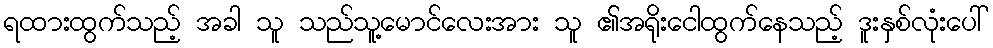
ရထားထွက်သည့် အခါ သူ သည်သူ့မောင်လေးအား သူ ၏အရိုးငေါထွက်နေသည့် ဒူးနှစ်လုံးပေါ်